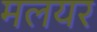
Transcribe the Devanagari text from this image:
मलयर